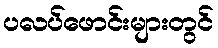
ပလပ်ဖောင်းများတွင်